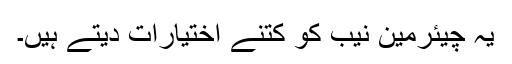
یہ چیئرمین نیب کو کتنے اختیارات دیتے ہیں۔